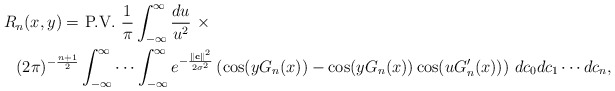
\begin{align*} R_n(x, y) =&\ \textup{P.V. } \frac{1}{\pi} \int_{-\infty}^{\infty}\frac{du}{u^2}\ \times \\ (2\pi)^{-\frac{n+1}{2}} &\int_{-\infty}^{\infty} \cdots \int_{-\infty}^{\infty} e^{-\frac{\|\textbf{c}\|^2}{2\sigma^2}} \left(\cos(y G_n(x))-\cos(y G_n(x))\cos(u G_n'(x))\right)\,dc_0dc_1\cdots dc_n,\end{align*}